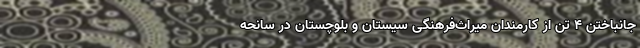
جانباختن ۴ تن از کارمندان میراث‌فرهنگی سیستان و بلوچستان در سانحه‌